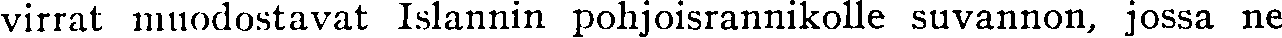
virrat muodostavat Islannin pohjoisrannikolle suvannon, jossa ne